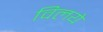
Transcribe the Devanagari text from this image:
विलये